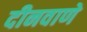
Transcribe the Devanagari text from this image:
दीनवाणे